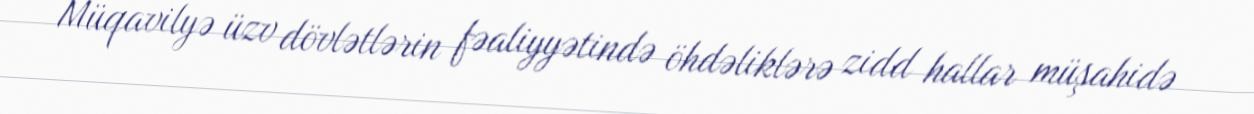
Müqavilyə üzv dövlətlərin fəaliyyətində öhdəliklərə zidd hallar müşahidə